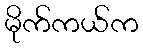
မိုက်ကယ်က